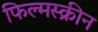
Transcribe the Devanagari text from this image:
फिल्मस्क्रीन